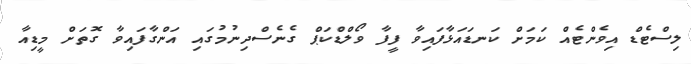
ލިސްޓެޑް އިވެންޓެއް ކަމަށް ކަނޑައަޅާފައިވާ ފީފާ ވޯލްޑްކަޕް ގެނެސްދިނުމުގައި އަންގާފައިވާ ގޮތަށް މީޑިއާ